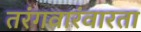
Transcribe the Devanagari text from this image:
तरंगवारंवारता